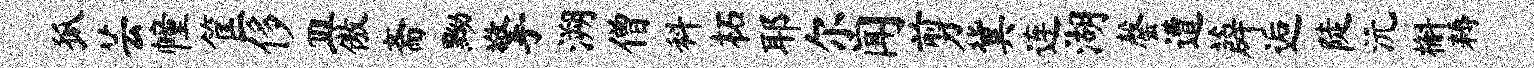
狐芸幢筐侈皿傲斋黝擎溯僧料柘耶尔闻剪冀连湖罄遭薜逅陡沅槲耨